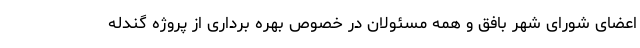
اعضای شورای شهر بافق و همه مسئولان در خصوص بهره برداری از پروژه گندله